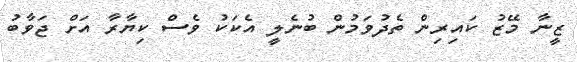
ޒީނާ މޭޒު ކައިރިން ތެދުވަމުން ބުނެލީ އެކަކު ވެސް ކިޔާރާ އަށް ޖަވާބު